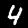
Digit: 4